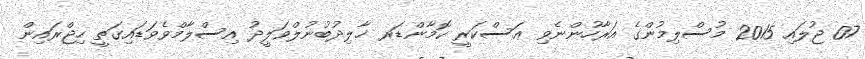
07 ޖުލައި 2015 މުސްލިމުންގެ އަރާހުންނެވި ޢަސްކަރީ ކޮމާންޑަރ ޚާލިދުބުނުލްވަލީދު އިސްލާމްވެވަޑައިގަތީ ހިޖްރައިން